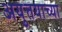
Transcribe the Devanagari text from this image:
अयुत्तयाच्या